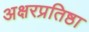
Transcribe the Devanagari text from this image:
अक्षरप्रतिष्ठा